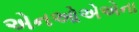
એનઓએએના